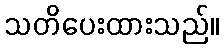
သတိပေးထားသည်။